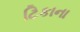
ટિકાના